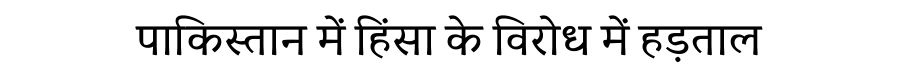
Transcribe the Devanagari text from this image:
पाकिस्तान में हिंसा के विरोध में हड़ताल